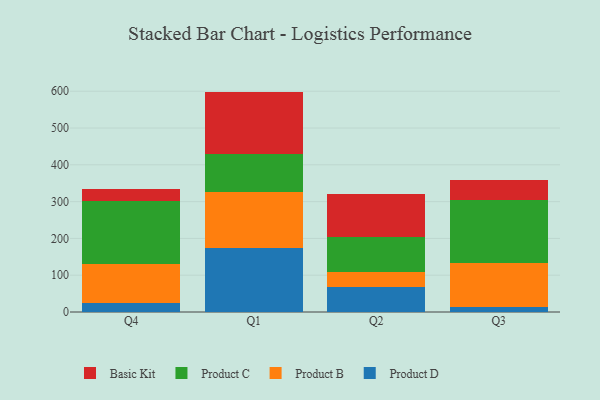
{"axis": {"x": "Quarter", "y": "Humidity (%)"}, "legend": ["Basic Kit", "Product B", "Product C", "Product D"], "data": [{"x": "Q4", "y": 23.9, "type": "Product D"}, {"x": "Q4", "y": 106.0, "type": "Product B"}, {"x": "Q4", "y": 171.1, "type": "Product C"}, {"x": "Q4", "y": 33.9, "type": "Basic Kit"}, {"x": "Q1", "y": 173.1, "type": "Product D"}, {"x": "Q1", "y": 153.3, "type": "Product B"}, {"x": "Q1", "y": 103.5, "type": "Product C"}, {"x": "Q1", "y": 169.1, "type": "Basic Kit"}, {"x": "Q2", "y": 66.9, "type": "Product D"}, {"x": "Q2", "y": 41.4, "type": "Product B"}, {"x": "Q2", "y": 95.1, "type": "Product C"}, {"x": "Q2", "y": 116.0, "type": "Basic Kit"}, {"x": "Q3", "y": 14.8, "type": "Product D"}, {"x": "Q3", "y": 117.2, "type": "Product B"}, {"x": "Q3", "y": 172.6, "type": "Product C"}, {"x": "Q3", "y": 54.5, "type": "Basic Kit"}]}